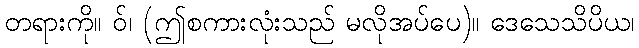
တရားကို။ ဝ်၊ (ဤစကားလုံးသည် မလိုအပ်ပေ)။ ဒေသေသိပိယ၊